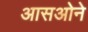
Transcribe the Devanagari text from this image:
आसओने